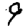
Digit: 9